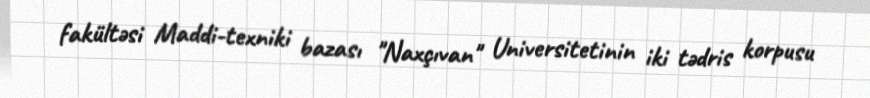
fakültəsi Maddi-texniki bazası "Naxçıvan" Universitetinin iki tədris korpusu